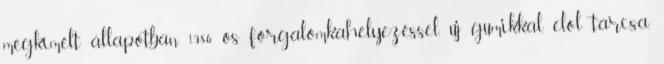
megkímélt állapotban 1986 os forgalomkahelyezéssel, új gumikkal, elöl tárcsa,